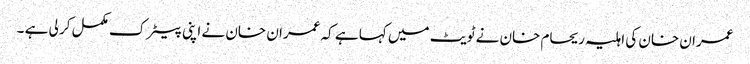
عمران خان کی اہلیہ ریحام خان نے ٹویٹ میں کہا ہے کہ عمران خان نے اپنی پیٹرک مکمل کر لی ہے ۔